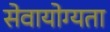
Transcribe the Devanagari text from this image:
सेवायोग्यता